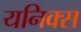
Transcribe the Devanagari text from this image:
यनिक्स